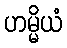
ဟမ္မိယံ